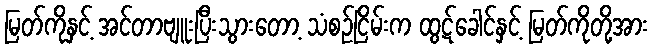
မြတ်ကိုနှင့် အင်တာဗျူးပြီးသွားတော့ သံစဉ်ငြိမ်းက ထွဋ်ခေါင်နှင့် မြတ်ကိုတို့အား